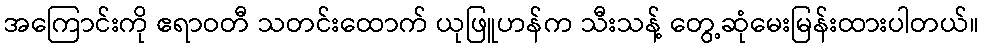
အကြောင်းကို ဧရာဝတီ သတင်းထောက် ယုဖြူဟန်က သီးသန့် တွေ့ဆုံမေးမြန်းထားပါတယ်။